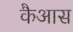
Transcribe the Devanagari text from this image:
कैआस